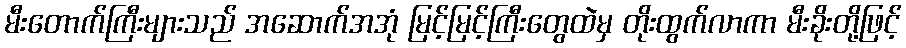
မီးတောက်ကြီးများသည် အဆောက်အအုံ မြင့်မြင့်ကြီးတွေထဲမှ တိုးထွက်လာကာ မီးခိုးတို့ဖြင့်